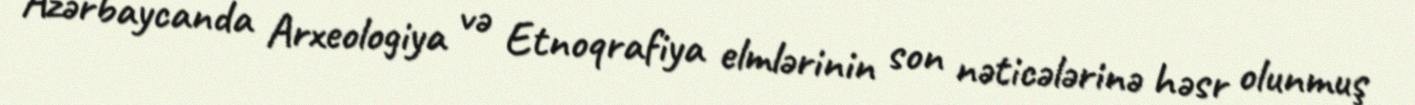
Azərbaycanda Arxeologiya və Etnoqrafiya elmlərinin son nəticələrinə həsr olunmuş